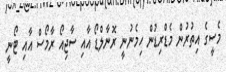
މެސީގެ އިތުރުން މެޑްރިޑުން ހިމެނުނީ ރޮނާލްޑޯ އާއި ސާޖިއޯ ރާމޯސް އާއި ޓޯނީ